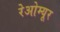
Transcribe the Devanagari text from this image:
रेओम्यूर